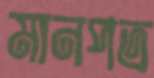
মানপত্র